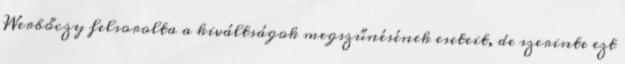
Werbőczy felsorolta a kiváltságok megszűnésének eseteit, de szerinte ezt